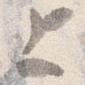
上